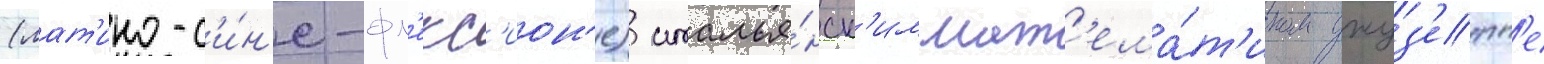
(лат'ино-с'и́н'е-фл'екс'ион'е) италья́нск'им мат'ема́т'иком джуз'епп'е